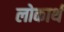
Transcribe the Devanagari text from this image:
लोकार्थ